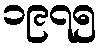
၁၉၇၅